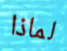
لماذا